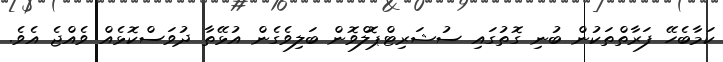
ކަމާބެހޭ ފަރާތްތަކުން ބުނި ގޮތުގައި ސުޝަރިޓްޕޮލްވޮން ބަލިވެގެން އުޅޭތާ ދުވަސްކޮޅެއް ވެއްޖެ އެވެ.